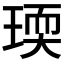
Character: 瑌